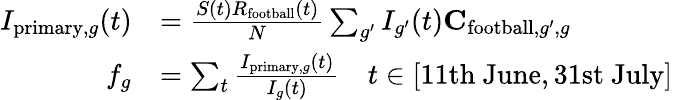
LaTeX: \begin{array}{rl}{I_{\mathrm{primary},g}(t)}&{=\frac{S(t)R_{\mathrm{football}}(t)}{N}\sum_{g^{\prime}}I_{g^{\prime}}(t)\mathbf{C}_{\mathrm{football},g^{\prime},g}}\\ {f_{g}}&{=\sum_{t}\frac{I_{\mathrm{primary},g}(t)}{I_{g}(t)}\quad t\in[\mathrm{11th~June},\mathrm{31st~July}]}\end{array}